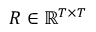
R \in \mathbb { R } ^ { T \times T }